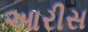
આરીસ